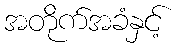
အတိုက်အခံနှင့်